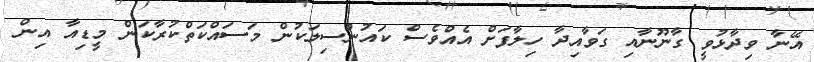
އޭނާ ވިދާޅުވީ ގާނޫނާއި ގަވާއިދާ ހިލާފަށް އެއްވެސް ކައުންސިލަކުން މަސައްކަތްކުރާކަން މީޑިއާ އިން